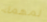
لمهمة